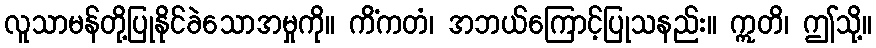
လူသာမန်တို့ပြုနိုင်ခဲသောအမှုကို။ ကိံကတံ၊ အဘယ်ကြောင့်ပြုသနည်း။ ဣတိ၊ ဤသို့။